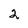
Character: 2